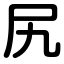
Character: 尻